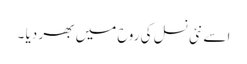
اسے نئی نسل کی روح میں بھر دیا ۔